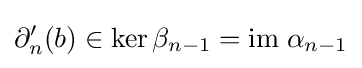
\partial _{n}'(b)\in \ker \beta _{n-1}=\mathrm {im} \;\alpha _{n-1}